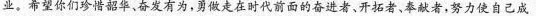
业。希望你们珍惜韶华、奋发有为，勇做走在时代前面的奋进者、开拓者、奉献者，努力使自己成